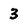
Character: 3